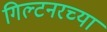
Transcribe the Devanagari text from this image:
गिल्टनरच्या